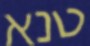
טנא